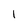
Character: l